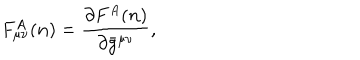
{ } F _ { \mu \nu } ^ { A } ( { \bf n } ) = \frac { \partial F ^ { A } ( { \bf n } ) } { \partial { \bar { g } } ^ { \mu \nu } } ,